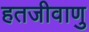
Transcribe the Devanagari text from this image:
हतजीवाणु